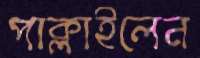
পাক্‌লাইলেন